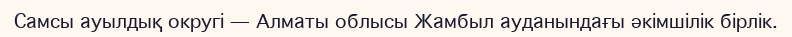
Самсы ауылдық округі — Алматы облысы Жамбыл ауданындағы әкімшілік бірлік.